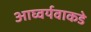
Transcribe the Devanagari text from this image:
आघ्वर्यवाकडे